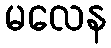
မလေန